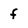
Character: f